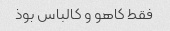
فقط کاهو و کالباس بوذ